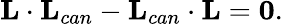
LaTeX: \mathbf{L}\cdot\mathbf{L}_{can}-\mathbf{L}_{can}\cdot\mathbf{L}=\mathbf{0}.